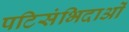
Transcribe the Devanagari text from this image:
पटिसंभिदाओं